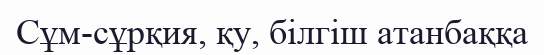
Сұм-сұрқия, қу, білгіш атанбаққа